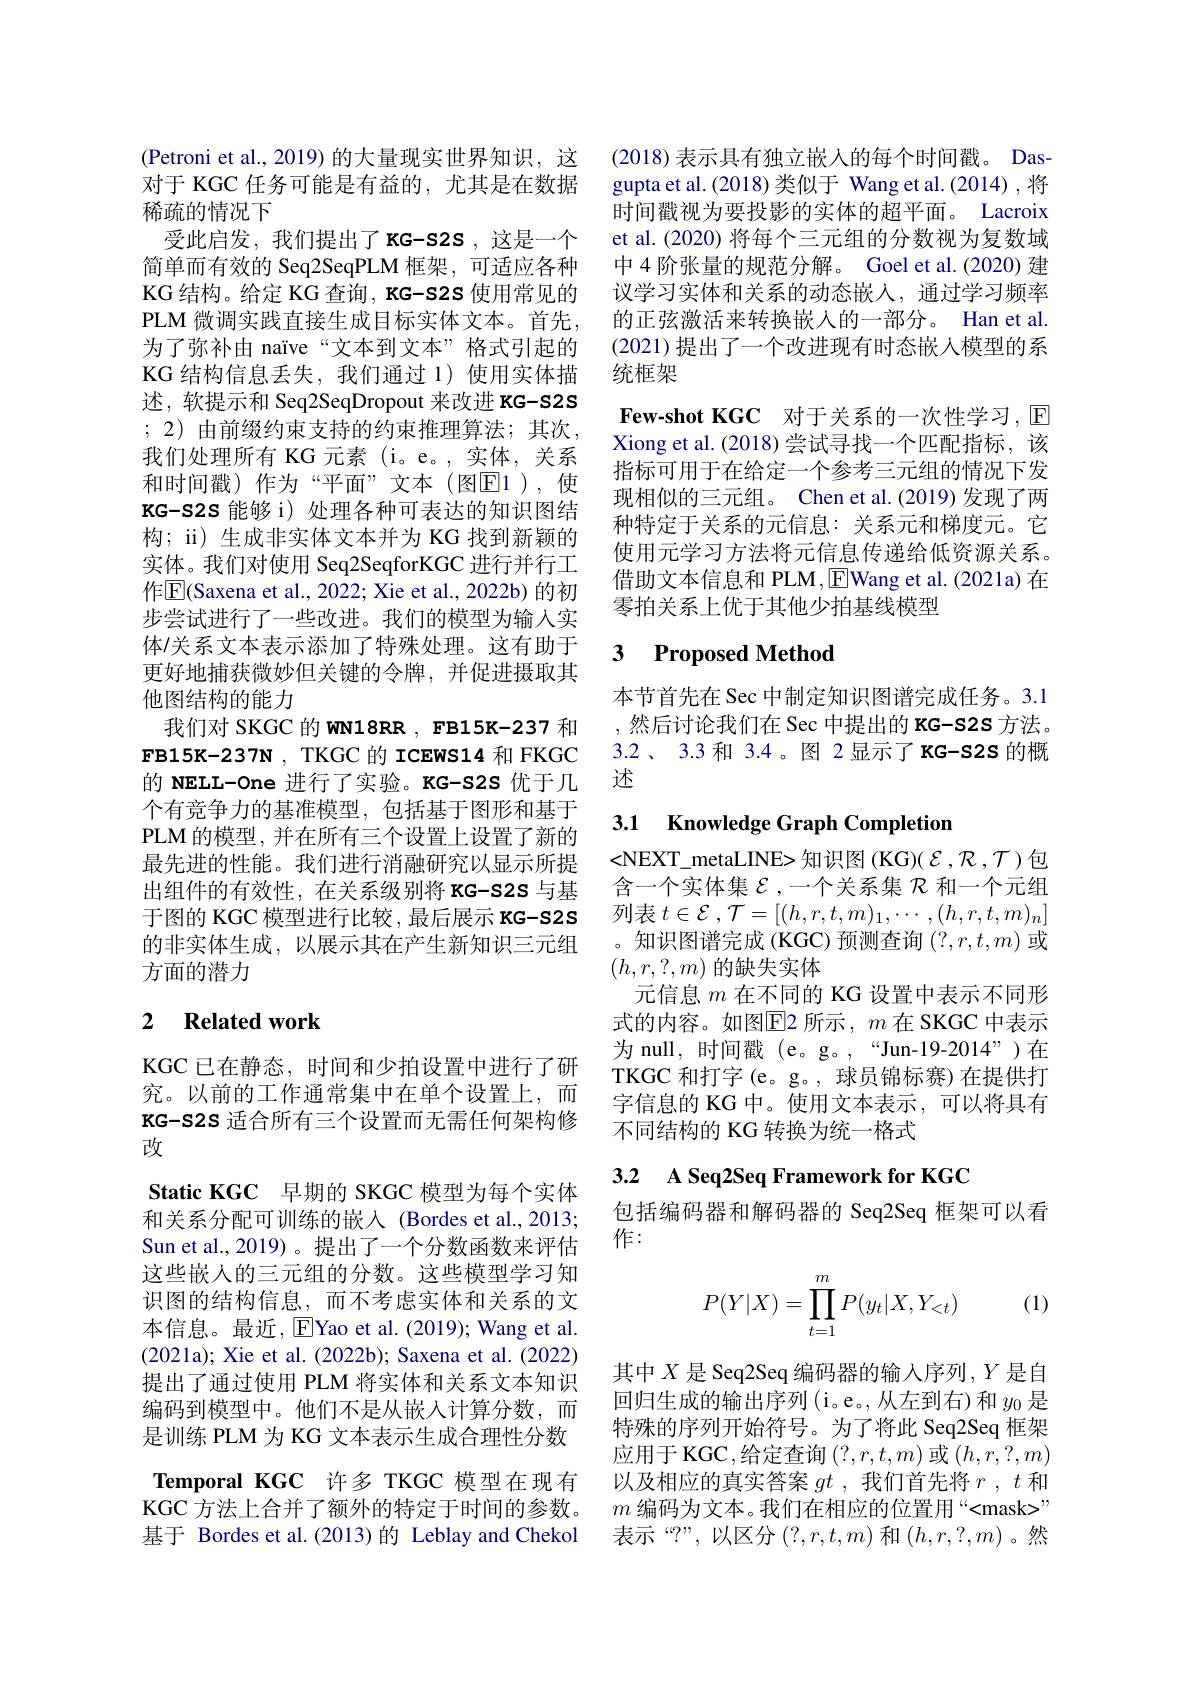
(Petroni et al., 2019) 的大量现实世界知识，这对于 KGC 任务可能是有益的，尤其是在数据稀疏的情况下
受此启发，我们提出了 KG-s2S , 这是一个简单而有效的 Seq2SeqPLM 框架，可适应各种KG 结构。给定 KG 查询，KG-S2S 使用常见的PLM 微 调 实 践 直 接 生 成 目 标 实 体 文 本 。首 先 , 为了弥补由 naïve“文本到文本”格式引起的KG 结构信息丢失，我们通过 1)使用实体描述，软提示和 Seq2SeqDropout 来改进 KG-S2S ; 2) 由前缀约束支持的约束推理算法；其次， 我们处理所有 KG 元素 (i。e。,实体，关系和时间戳)作为“平面”文本(图E1),使KG-S2S 能够 i) 处理各种可表达的知识图结构；ii) 生成非实体文本并为 KG 找到新颖的实体。我们对使用 Seq2SeqforKGC 进行并行工作$\boxed{\mathrm{E}}$(Saxena et al., 2022; Xie et al., 2022b) 的初步尝试进行了一些改进。我们的模型为输入实体/关系文本表示添加了特殊处理。这有助于更好地捕获微妙但关键的令牌，并促进摄取其他图结构的能力
我们对 SKGC 的 WN18RR , FB15K-237 和$\textbf{FB15K- 237N, TKGC 的 ICEWS14 和 FKGC}$ 的 NELL-One 进行了实验。KG-S2S 优于几个有竞争力的基准模型，包括基于图形和基于PLM的模型，并在所有三个设置上设置了新的最先进的性能。我们进行消融研究以显示所提出组件的有效性，在关系级别将 KG-S2S 与基于图的 KGC 模型进行比较，最后展示 KG-S2S 的非实体生成，以展示其在产生新知识三元组方面的潜力

## 2 $\textbf{Related work}$

KGC 已在静态，时间和少拍设置中进行了研究。以前的工作通常集中在单个设置上，而KG-S2S 适合所有三个设置而无需任何架构修改
Static KGC 早期的 SKGC 模型为每个实体和关系分配可训练的嵌入 (Bordes et al.,2013; Sun et al.,2019)。提出了一个分数函数来评估这些嵌入的三元组的分数。这些模型学习知识图的结构信息，而不考虑实体和关系的文本信息。最近，[E]Yao et al. (2019); Wang et al. (2021a); Xie et al. (2022b); Saxena et al. (2022) 提出了通过使用 PLM 将实体和关系文本知识编码到模型中。他们不是从嵌入计算分数，而是训练 PLM 为 KG 文本表示生成合理性分数Temporal KGC 许多 TKGC 模型在现有KGC 方法上合并了额外的特定于时间的参数。基于 Bordes et al.(2013)的 Leblay and Chekol

(2018)表示具有独立嵌人的每个时间戳。Dasgupta et al.(2018)类似于 Wang et al.(2014) ,将时间戳视为要投影的实体的超平面。Lacroix et al. (2020) 将每个三元组的分数视为复数域中 4 阶张量的规范分解。Goel et al.(2020) 建议学习实体和关系的动态嵌入，通过学习频率的正弦激活来转换嵌入的一部分。Han et al. (2021)提出了一个改进现有时态嵌人模型的系统框架
Few-shot KGC 对于关系的一次性学习，$\mathbb{E}$ Xiong et al. (2018) 尝试寻找一个匹配指标，该指标可用于在给定一个参考三元组的情况下发现相似的三元组。Chen et al.(2019) 发现了两种特定于关系的元信息：关系元和梯度元。它使用元学习方法将元信息传递给低资源关系。借助文本信息和 PLM,EWang et al.(2021a) 在零拍关系上优于其他少拍基线模型

## 3 $\textbf{Proposed Method}$

本节首先在 Sec 中制定知识图谱完成任务。3.1 ,然后讨论我们在 Sec 中提出的 KG-S2S 方法。3.2、3.3 和 3.4。图 2 显示了 KG-s2S 的概述

## 3.1 Knowledge Graph Completion

<NEXT\_metaLINE> 知识图 (KG)( $\mathcal{E},\mathcal{R},\mathcal{T}$)包含一个实体集$\mathcal{E}$ ,一个关系集$\mathcal{R}$和一个元组列表$t\in \mathcal{E}$ $, \mathcal{T} = [ ( h, r, t, m) _{1}, \cdots , ( h, r, t, m) _{n}]$ 。知识图谱完成(KGC)预测查询(?,r,t,m) 或$(h,r,?,m)$的缺失实体
元信息$m$在不同的 KG 设置中表示不同形式的内容。如图$\overline{\mathrm{E}}$2 所示，$m$ 在 SKGC 中表示为 null, 时间戳 (e。g。,“Jun-19-2014”)在TKGC 和打字(e。g。, 球员锦标赛)在提供打字信息的 KG 中。使用文本表示，可以将具有不同结构的 KG 转换为统一格式

## 3.2 A Seq2Seq Framework for KGC

包括编码器和解码器的 Seq2Seq 框架可以看
作：

(1)
$$P(Y|X)=\prod\limits_{t=1}^mP(y_t|X,Y_{<t})$$
其中$X$是 Seq2Seq 编码器的输入序列$,Y$是自回归生成的输出序列(i。e。,从左到右)和$y_0$是特殊的序列开始符号。为了将此 Seq2Seq 框架应用于 KGC,给定查询$\left(?,r,t,m\right)$或$\left(h,r,?,m\right)$ 以及相应的真实答案$gt$ ,我们首先将$r,t$和$m$ 编 码 为 文 本 。我 们 在 相 应 的 位 置 用 “ < mask> ” 表示“?”,以区分$(?,r,t,m)$和$(h,r,?,m)$。然